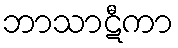
ဘာသာဋီကာ